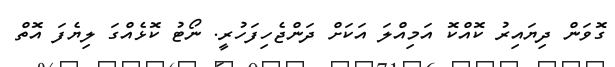
ގޮވަން ދިޔައިރު ކޮއްކޮ އަމިއްލަ އަކަށް ދަންޖެހިފަހުރީ. ނޯޓު ކޮޅެއްގަ ލިޔެފަ އޮތް